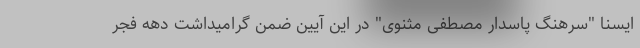
ایسنا "سرهنگ پاسدار مصطفی مثنوی" در این آیین ضمن گرامیداشت دهه فجر